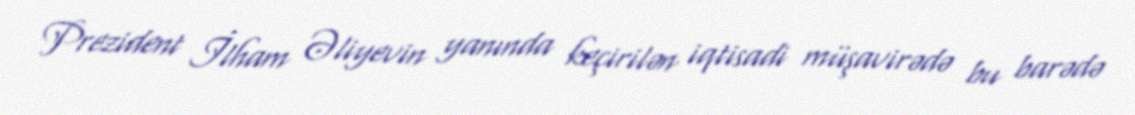
Prezident İlham Əliyevin yanında keçirilən iqtisadi müşavirədə bu barədə